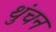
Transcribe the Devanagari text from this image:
थुंचन